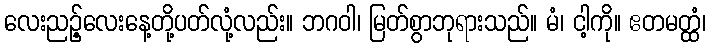
လေးညဉ့်လေးနေ့တို့ပတ်လုံ့လည်း။ ဘဂဝါ၊ မြတ်စွာဘုရားသည်။ မံ၊ ငါ့ကို။ ဧတမတ္ထံ၊